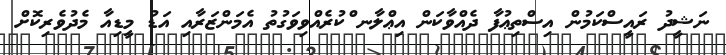
ނަޝީދު ރައީސްކަމުން އިސްތިޢުފާ ދެއްވާކަން އިޢްލާނ ްކުރެއްވިވަގުތު އެމަންޒަރާއި އަޑު މީޑިއާ މެދުވެރިކޮށް